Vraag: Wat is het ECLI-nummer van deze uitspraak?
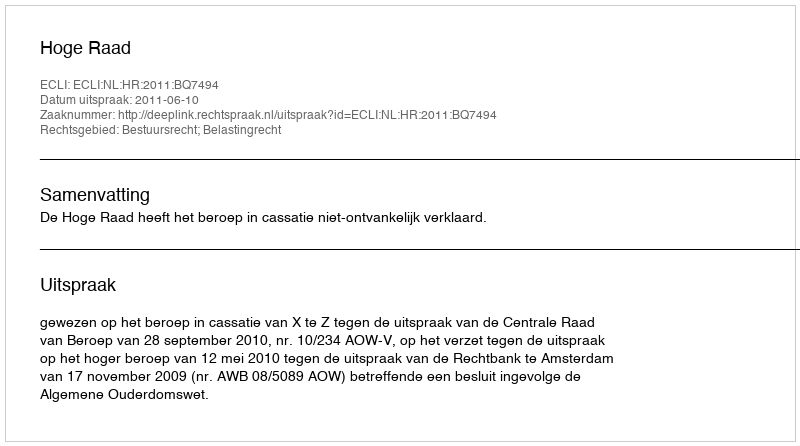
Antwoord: ECLI:NL:HR:2011:BQ7494